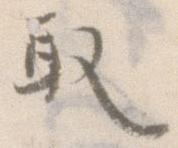
取